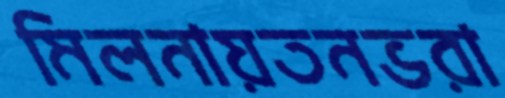
মিলনায়তনভরা